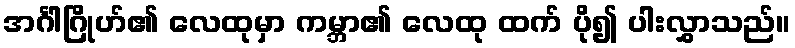
အင်္ဂါဂြိုဟ်၏ လေထုမှာ ကမ္ဘာ၏ လေထု ထက် ပို၍ ပါးလွှာသည်။